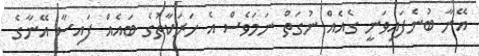
އޭނާ ބުނެފައިވަނީ ގެއެއް ނުގަތް ނަމަވެސް އެ ހަރަކާތުގެ ބައެއް ފައިސާ އޭނާގެ